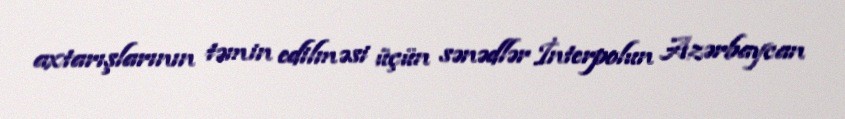
axtarışlarının təmin edilməsi üçün sənədlər İnterpolun Azərbaycan